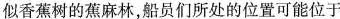
似香蕉树的蕉麻林，船员们所处的位置可能位于